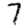
Digit: 7